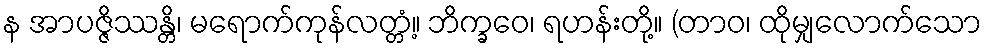
န အာပဇ္ဇိဿန္တိ၊ မရောက်ကုန်လတ္တံ့။ ဘိက္ခဝေ၊ ရဟန်းတို့။ (တာဝ၊ ထိုမျှလောက်သော